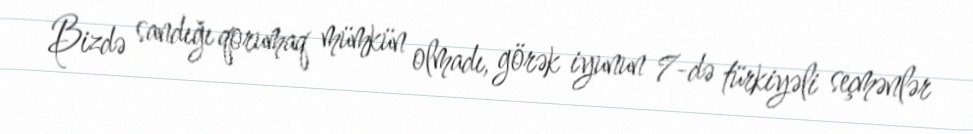
Bizdə sandığı qorumaq mümkün olmadı, görək iyunun 7-də türkiyəli seçmənlər